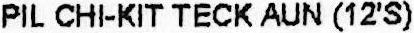
PIL CHI-KIT TECK AUN (12'S)